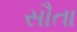
સૌતા